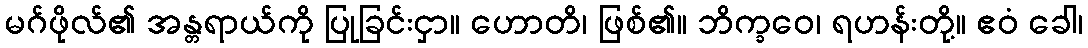
မဂ်ဖိုလ်၏ အန္တရာယ်ကို ပြုခြင်းငှာ။ ဟောတိ၊ ဖြစ်၏။ ဘိက္ခဝေ၊ ရဟန်းတို့။ ဧဝံ ခေါ၊